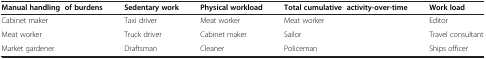
<table><thead><tr><td><b>Manual handling of burdens</b></td><td><b>Sedentary work</b></td><td><b>Physical workload</b></td><td><b>Total cumulative activity-over-time</b></td><td><b>Work load</b></td></tr></thead><tbody><tr><td>Cabinet maker</td><td>Taxi driver</td><td>Meat worker</td><td>Meat worker</td><td>Editor</td></tr><tr><td>Meat worker</td><td>Truck driver</td><td>Cabinet maker</td><td>Sailor</td><td>Travel consultant</td></tr><tr><td>Market gardener</td><td>Draftsman</td><td>Cleaner</td><td>Policeman</td><td>Ships officer</td></tr></tbody></table>